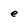
Character: e